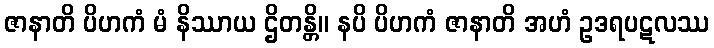
ဇာနာတိ ပိဟကံ မံ နိဿာယ ဌိတန္တိ။ နပိ ပိဟကံ ဇာနာတိ အဟံ ဥဒရပဋလဿ